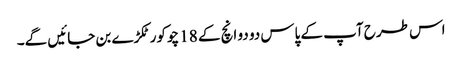
اس طرح آپ کے پاس دو دو انچ کے 18 چوکور ٹکڑے بن جائیں گے۔